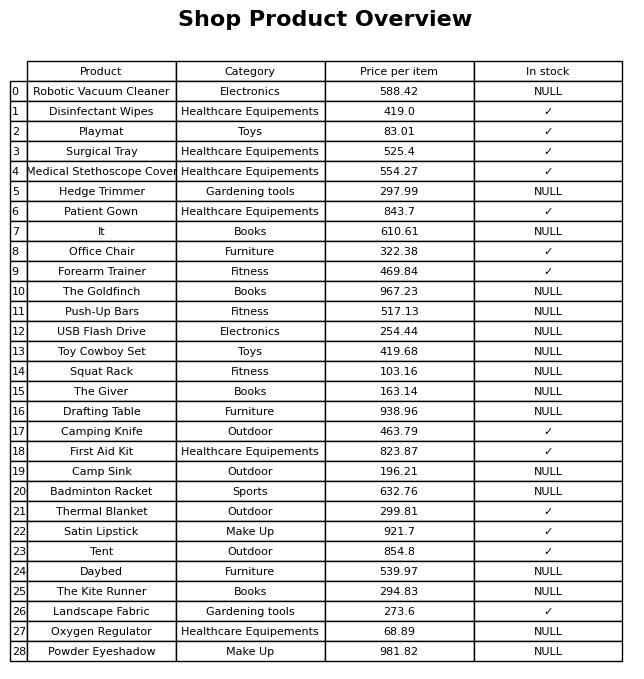
question: Is the Badminton Racket in stock?
answer: NULL